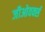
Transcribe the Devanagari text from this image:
जीओवर्क्स